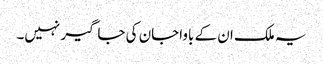
یہ ملک ان کے باواجان کی جاگیر نہیں۔